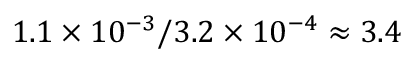
1 . 1 \times 1 0 ^ { - 3 } / 3 . 2 \times 1 0 ^ { - 4 } \approx 3 . 4